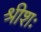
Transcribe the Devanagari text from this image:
श्रीशः